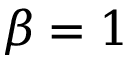
\beta = 1